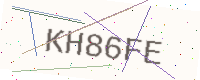
Text: KH86FE